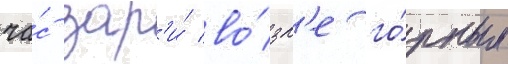
ча́с зар'и́ во́зл'е го́рных